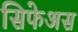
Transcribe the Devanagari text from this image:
सिफेअस